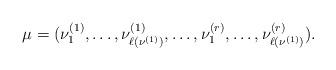
LaTeX: \begin{align*} \mu = (\nu^{(1)}_1, \dotsc, \nu^{(1)}_{\ell(\nu^{(1)})}, \dotsc, \nu^{(r)}_1, \dotsc, \nu^{(r)}_{\ell(\nu^{(1)})}). \end{align*}